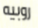
روبيه